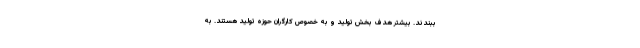
ببندند. بیشتر هدف بخش تولید و به خصوص کارگران حوزه تولید هستند. به